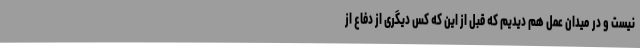
نیست و در میدان عمل هم دیدیم که قبل از این که کس دیگری از دفاع از